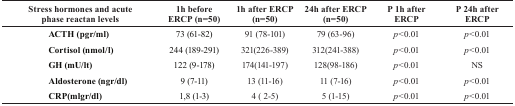
<table><thead><tr><td><b>Stress hormones and acute phase reactan levels</b></td><td><b>1h before ERCP (n=50)</b></td><td><b>1h after ERCP (n=50)</b></td><td><b>24h after ERCP (n=50)</b></td><td><b>P 1h after ERCP</b></td><td><b>P 24h after ERCP</b></td></tr></thead><tbody><tr><td><b>ACTH (pgr/ml)</b></td><td>73 (61-82)</td><td>91 (78-101)</td><td>79 (63-96)</td><td><i>p</i>&lt;0.01</td><td><i>p</i>&lt;0.01</td></tr><tr><td><b>Cortisol (nmol/l)</b></td><td>244 (189-291)</td><td>321(226-389)</td><td>312(241-388)</td><td><i>p</i>&lt;0.01</td><td><i>p</i>&lt;0.01</td></tr><tr><td><b>GH (mU/lt)</b></td><td>122 (9-178)</td><td>174(141-197)</td><td>128(98-186)</td><td><i>p</i>&lt;0.01</td><td>NS</td></tr><tr><td><b>Aldosterone (ngr/dl)</b></td><td>9 (7-11)</td><td>13 (11-16)</td><td>11 (7-16)</td><td><i>p</i>&lt;0.01</td><td><i>p</i>&lt;0.01</td></tr><tr><td><b>CRP(mlgr/dl)</b></td><td>1,8 (1-3)</td><td>4 ( 2-5)</td><td>5 (1-15)</td><td><i>p</i>&lt;0.01</td><td><i>p</i>&lt;0.01</td></tr></tbody></table>